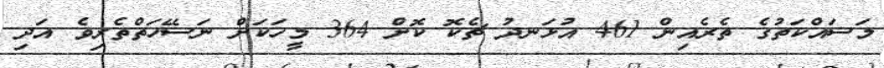
މަސައްކަތުގެ ތެރެއިން 461 އުޅަނދު ޗެކޮ ކޮށް 364 މީހަކަށް ނަސޭހަތްތެރިވެ އަދި